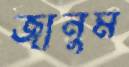
জানুম